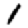
Digit: 1